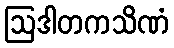
ဩဒါတကသိဏံ